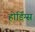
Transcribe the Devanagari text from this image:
होर्डिंग्स